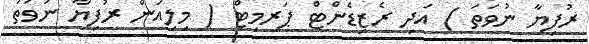
ރުފިޔާ ނުވަތަ ) އަދި ރެޒިޑެންޓް ޕަރމިޓް ( މިލިއަން ރުފިޔާ ނުވަތަ